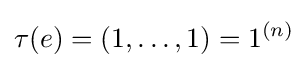
\tau (e)=(1,\ldots ,1)=1^{(n)}